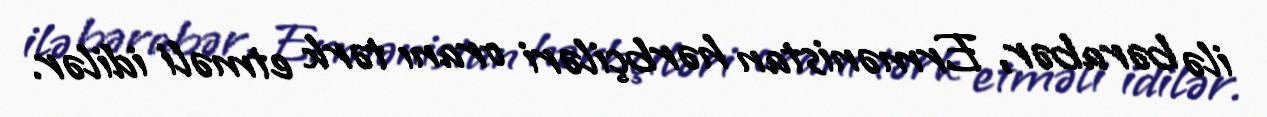
ilə bərabər, Ermənistan hərbçiləri oranı tərk etməli idilər.